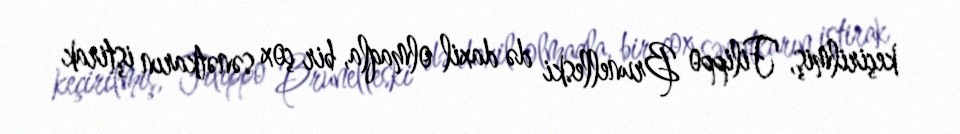
keçirilmiş, Filippo Brunelleski də daxil olmaqla, bir çox sənətkarın iştirak